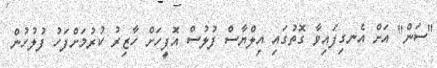
"ސަން" އަށް އެނގިފައިވާ ގޮތުގައި އިލްޔާސް ފުލުސް އޮފީހަށް ހާޒިރު ކުރުމަށްފަހު ފުލުހުން